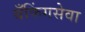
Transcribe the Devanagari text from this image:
बँकिंगसेवा